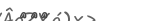
١٧٥